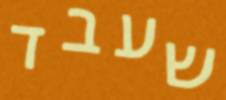
שעבד